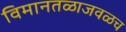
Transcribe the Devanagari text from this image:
विमानतळाजवळच